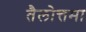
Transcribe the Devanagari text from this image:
तैलोत्तमा